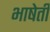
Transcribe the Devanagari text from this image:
भाषेती